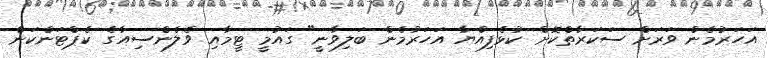
އަހަރުމެން ވަރަށް ސަކަރާތްކޮށް ކުޅެފިއްޔާ އަހަރުމެން ބަލިވާނީ" ގައުމީ ޓީމާއި ވެލެންސިއާގެ ކެޕްޓަންކަން